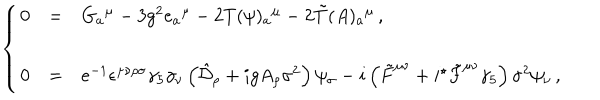
\left\{ \begin{array} { r c l } { { 0 } } & { { = } } & { { G _ { a } { } ^ { \mu } - 3 g ^ { 2 } e _ { a } { } ^ { \mu } - 2 T ( \psi ) _ { a } { } ^ { \mu } - 2 \tilde { T } ( A ) _ { a } { } ^ { \mu } \, , } } \\ { { } } & { { } } & { { } } \\ { { 0 } } & { { = } } & { { e ^ { - 1 } \epsilon ^ { \mu \nu \rho \sigma } \gamma _ { 5 } \gamma _ { \nu } \left( \hat { \cal D } _ { \rho } + i g A _ { \rho } \sigma ^ { 2 } \right) \psi _ { \sigma } - i \left( \tilde { F } ^ { \mu \nu } + i { } ^ { \star } \tilde { F } ^ { \mu \nu } \gamma _ { 5 } \right) \sigma ^ { 2 } \psi _ { \nu } \, , } } \\ \end{array} \right.